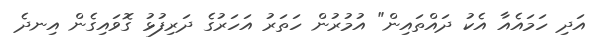
އަދި ހަމައެއާ އެކު ދައްތައިން" އުމުުރުން ހަތަރު އަހަރުގެ ދަރިފުޅު ގޮވައިގެން އިނދެ